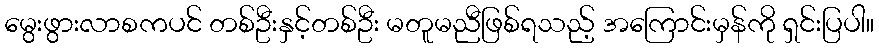
မွေးဖွားလာစကပင် တစ်ဦးနှင့်တစ်ဦး မတူမညီဖြစ်ရသည့် အကြောင်းမှန်ကို ရှင်းပြပါ။